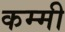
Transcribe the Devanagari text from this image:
कम्मी